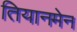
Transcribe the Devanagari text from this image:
तियानमेन